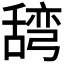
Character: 𮍽